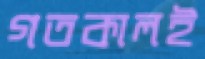
গতকালই